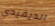
الديفيدي